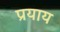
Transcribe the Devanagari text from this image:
प्रयाय